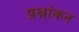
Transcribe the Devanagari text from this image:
प्रश्नांकन